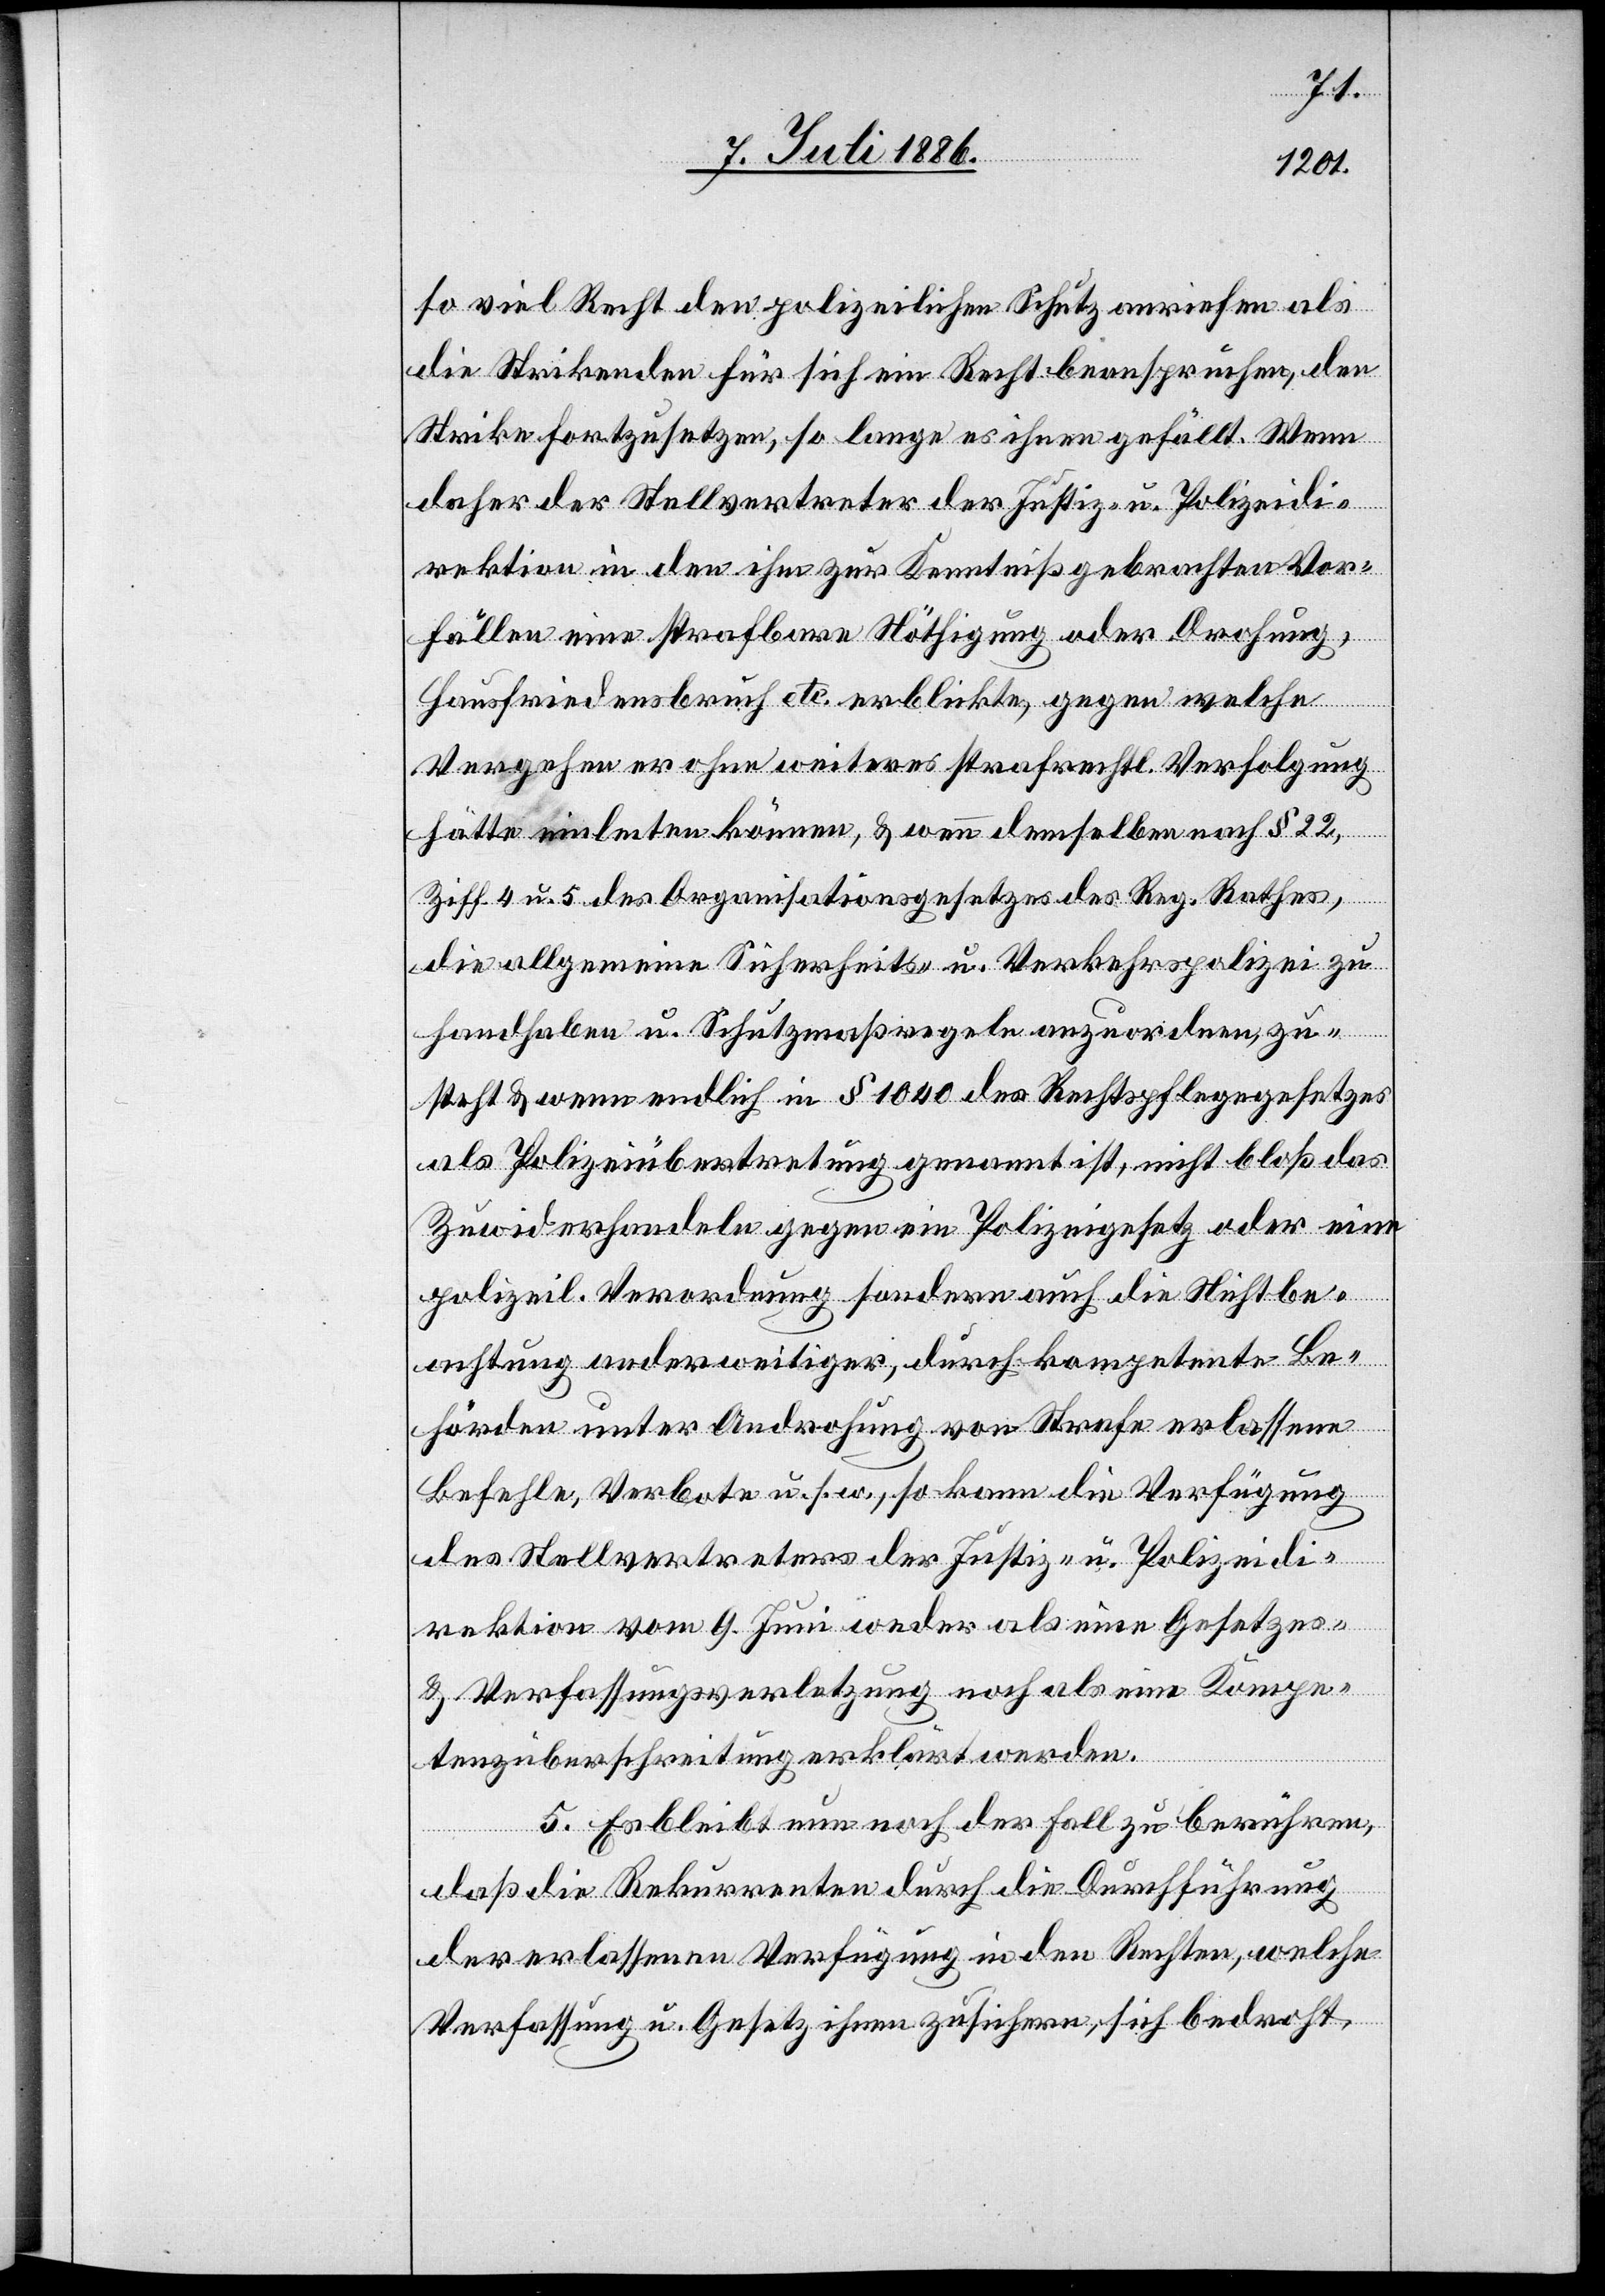
so viel Recht den polizeilichen Schutz anriefen als
die Strikenden für sich ein Recht beanspruchen, den
Strike fortzusetzen, so lange es ihnen gefällt. Wenn
daher der Stellvertreter der Justiz- u. Polizeidi¬
rektion in den ihm zur Kenntniß gebrachten Vor¬
fällen eine strafbare Nöthigung oder Drohung,
Hausfriedensbruch etc. erblickte, gegen welche
Vergehen er ohne Weiteres strafrechtl. Verfolgung
hätte einleiten können, & wenn demselben nach § 22,
Ziff. 4 u. 5 des Organisationsgesetzes des Reg. Rathes,
die allgemeine Sicherheits- u. Verkehrspolizei zu
handhaben u. Schutzregeln anzuordnen, zu¬
steht & wenn endlich in § 1000 des Rechtspflegegesetzes
als Polizeiübertretung genannt ist, nicht bloß das
Zuwiderhandeln gegen ein Polizeigesetz oder eine
polizeil. Verordnung sondern auch die Nichtbe¬
achtung anderweitiger, durch kompetente Be¬
hörden unter Androhung von Strafe erlassenen
Befehle, Verbote u. s. w., so kann die Verfügung
des Stellvertreters der Justiz- u. Polizeidi¬
rektion vom 9. Juni weder als eine Gesetzes-
& Verfassungsverletzung noch als eine Kompe¬
tenzüberschreitung erklärt werden.
5. Es bleibt nun noch der Fall zu berühren,
daß die Rekurrenten durch die Durchführung
der erlassenen Verfügung in den Rechten, welche
Verfassung u. Gesetz ihnen zusichern, sich bedroht,